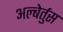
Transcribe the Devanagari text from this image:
अल्बेर्तुस